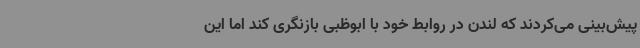
پیش‌بینی می‌کردند که لندن در روابط خود با ابوظبی بازنگری کند اما این